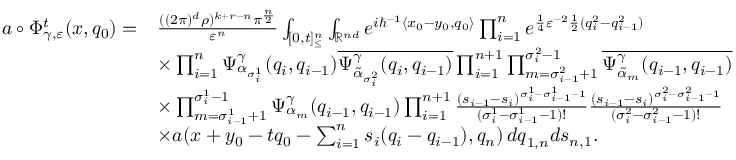
\begin{array} { r l } { a \circ \Phi _ { \gamma , \varepsilon } ^ { t } ( x , q _ { 0 } ) = } & { \frac { ( ( 2 \pi ) ^ { d } \rho ) ^ { k + r - n } \pi ^ { \frac { n } { 2 } } } { \varepsilon ^ { n } } \int _ { [ 0 , t ] _ { \leq } ^ { n } } \int _ { \mathbb { R } ^ { n d } } e ^ { i \hbar ^ { - 1 } \langle x _ { 0 } - y _ { 0 } , q _ { 0 } \rangle } \prod _ { i = 1 } ^ { n } e ^ { \frac { 1 } { 4 } \varepsilon ^ { - 2 } \frac { 1 } { 2 } ( q _ { i } ^ { 2 } - q _ { i - 1 } ^ { 2 } ) } } \\ & { \times \prod _ { i = 1 } ^ { n } \Psi _ { \alpha _ { \sigma _ { i } ^ { 1 } } } ^ { \gamma } ( q _ { i } , q _ { i - 1 } ) \overline { { \Psi _ { { \tilde { \alpha } } _ { \sigma _ { i } ^ { 2 } } } ^ { \gamma } ( q _ { i } , q _ { i - 1 } ) } } \prod _ { i = 1 } ^ { n + 1 } \prod _ { m = \sigma _ { i - 1 } ^ { 2 } + 1 } ^ { \sigma _ { i } ^ { 2 } - 1 } \overline { { \Psi _ { { \tilde { \alpha } } _ { m } } ^ { \gamma } ( q _ { i - 1 } , q _ { i - 1 } ) } } } \\ & { \times \prod _ { m = \sigma _ { i - 1 } ^ { 1 } + 1 } ^ { \sigma _ { i } ^ { 1 } - 1 } \Psi _ { \alpha _ { m } } ^ { \gamma } ( q _ { i - 1 } , q _ { i - 1 } ) \prod _ { i = 1 } ^ { n + 1 } \frac { ( s _ { i - 1 } - s _ { i } ) ^ { \sigma _ { i } ^ { 1 } - \sigma _ { i - 1 } ^ { 1 } - 1 } } { ( \sigma _ { i } ^ { 1 } - \sigma _ { i - 1 } ^ { 1 } - 1 ) ! } \frac { ( s _ { i - 1 } - s _ { i } ) ^ { \sigma _ { i } ^ { 2 } - \sigma _ { i - 1 } ^ { 2 } - 1 } } { ( \sigma _ { i } ^ { 2 } - \sigma _ { i - 1 } ^ { 2 } - 1 ) ! } } \\ & { \times a ( x + y _ { 0 } - t q _ { 0 } - \sum _ { i = 1 } ^ { n } s _ { i } ( q _ { i } - q _ { i - 1 } ) , q _ { n } ) \, d \boldsymbol { q } _ { 1 , n } d \boldsymbol { s } _ { n , 1 } . } \end{array}